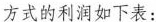
方式的利润如下表：